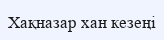
Хақназар хан кезеңі